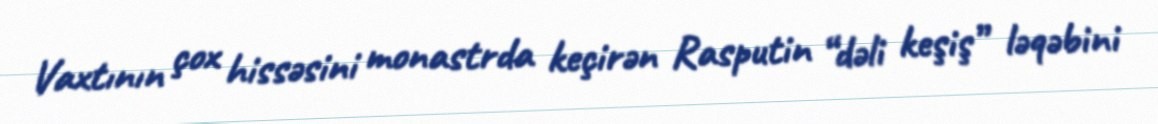
Vaxtının çox hissəsini monastrda keçirən Rasputin “dəli keşiş” ləqəbini